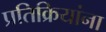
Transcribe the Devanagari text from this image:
प्रतिक्रियांना